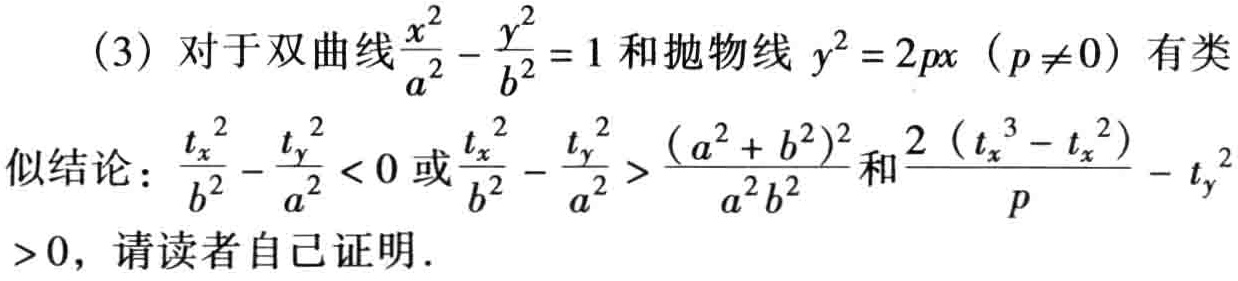
(3) 对于双曲线$\frac{x^{2}}{a^{2}}-\frac{y^{2}}{b^{2}} = 1$和抛物线$y^{2}=2px\ (p\neq0)$有类

似结论：$\frac{t_{x}^{2}}{b^{2}}-\frac{t_{y}^{2}}{a^{2}}<0$或$\frac{t_{x}^{2}}{b^{2}}-\frac{t_{y}^{2}}{a^{2}}>\frac{(a^{2}+b^{2})^{2}}{a^{2}b^{2}}$和$\frac{2\left(t_{x}^{3}-t_{x}^{2}\right)}{p}-t_{y}^{2}>0$，请读者自己证明.